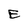
Character: E